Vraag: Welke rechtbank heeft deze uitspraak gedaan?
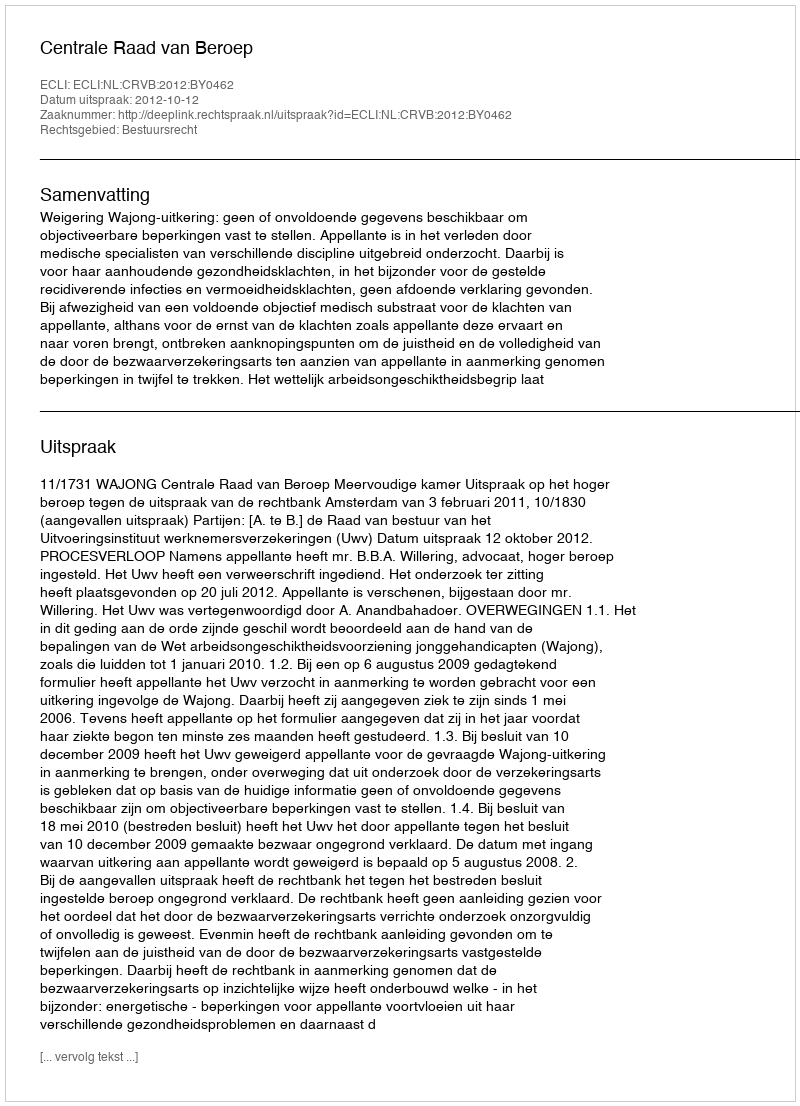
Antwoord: Centrale Raad van Beroep